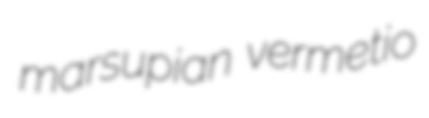
marsupian vermetio